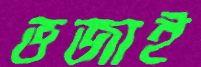
ভজাই